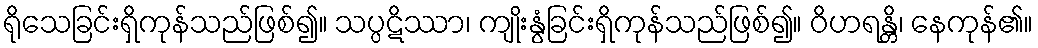
ရိုသေခြင်းရှိကုန်သည်ဖြစ်၍။ သပ္ပဋိဿာ၊ ကျိုးနွံခြင်းရှိကုန်သည်ဖြစ်၍။ ဝိဟရန္တိ၊ နေကုန်၏။